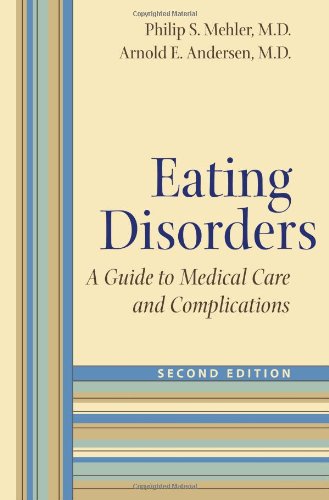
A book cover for Eating Disorders: A Guide to Medical Care and Complications; Philip S. Mehler; Self-Help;